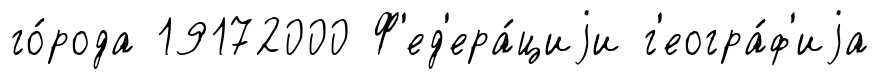
го́рода 19172000 Ф'ед'ера́циjи г'еогра́ф'иjа